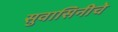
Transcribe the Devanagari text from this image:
सुवासिनीचे